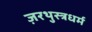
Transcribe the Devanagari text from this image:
ज़रथुस्त्रधर्म